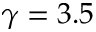
\gamma = 3 . 5